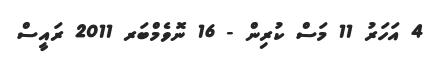
4 އަހަރު 11 މަސް ކުރިން - 16 ނޮވެމްބަރ 2011 ރައީސް